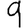
Digit: 9